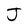
Character: J